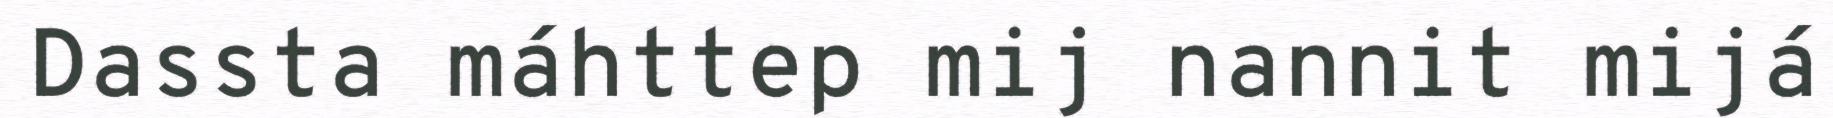
Dassta máhttep mij nannit mijá